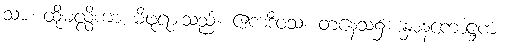
သာ၊ ထိုမလ္လိကာ မိဖုရားသည်။ ဧကဒိဝသံ၊ တနေ့သ၌။ နှာနကောဋ္ဌကံ၊